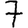
Digit: 7